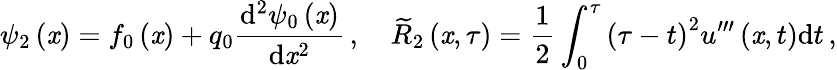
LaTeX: {\psi}_{2}\left(\mathit{x}\right)={f}_{0}\left(\mathit{x}\right)+{q}_{0}\frac{{\mathrm{{d}}^{2}{\psi}_{0}\left(\mathit{x}\right)}}{{\mathrm{{d}}{\mathit{x}}^{2}}}\, ,\quad{\widetilde{R}}_{2}\left(\mathit{x},{\tau}\right)=\frac{{1}}{{2}}\int_{0}^{{\tau}}{{\left({\tau}-t\right)}^{2}{u}^{{\prime}{\prime}{\prime}}\left(\mathit{x},t\right)}{\mathrm{{d}}t}\, ,